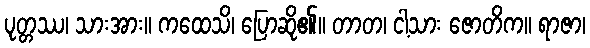
ပုတ္တဿ၊ သားအား။ ကထေသိ၊ ပြောဆို၏။ တာတ၊ ငါ့သား ဇောတိက။ ရာဇာ၊